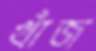
খাঁজ